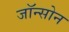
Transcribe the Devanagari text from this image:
जॉन्सोन